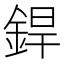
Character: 銲